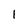
Character: 1